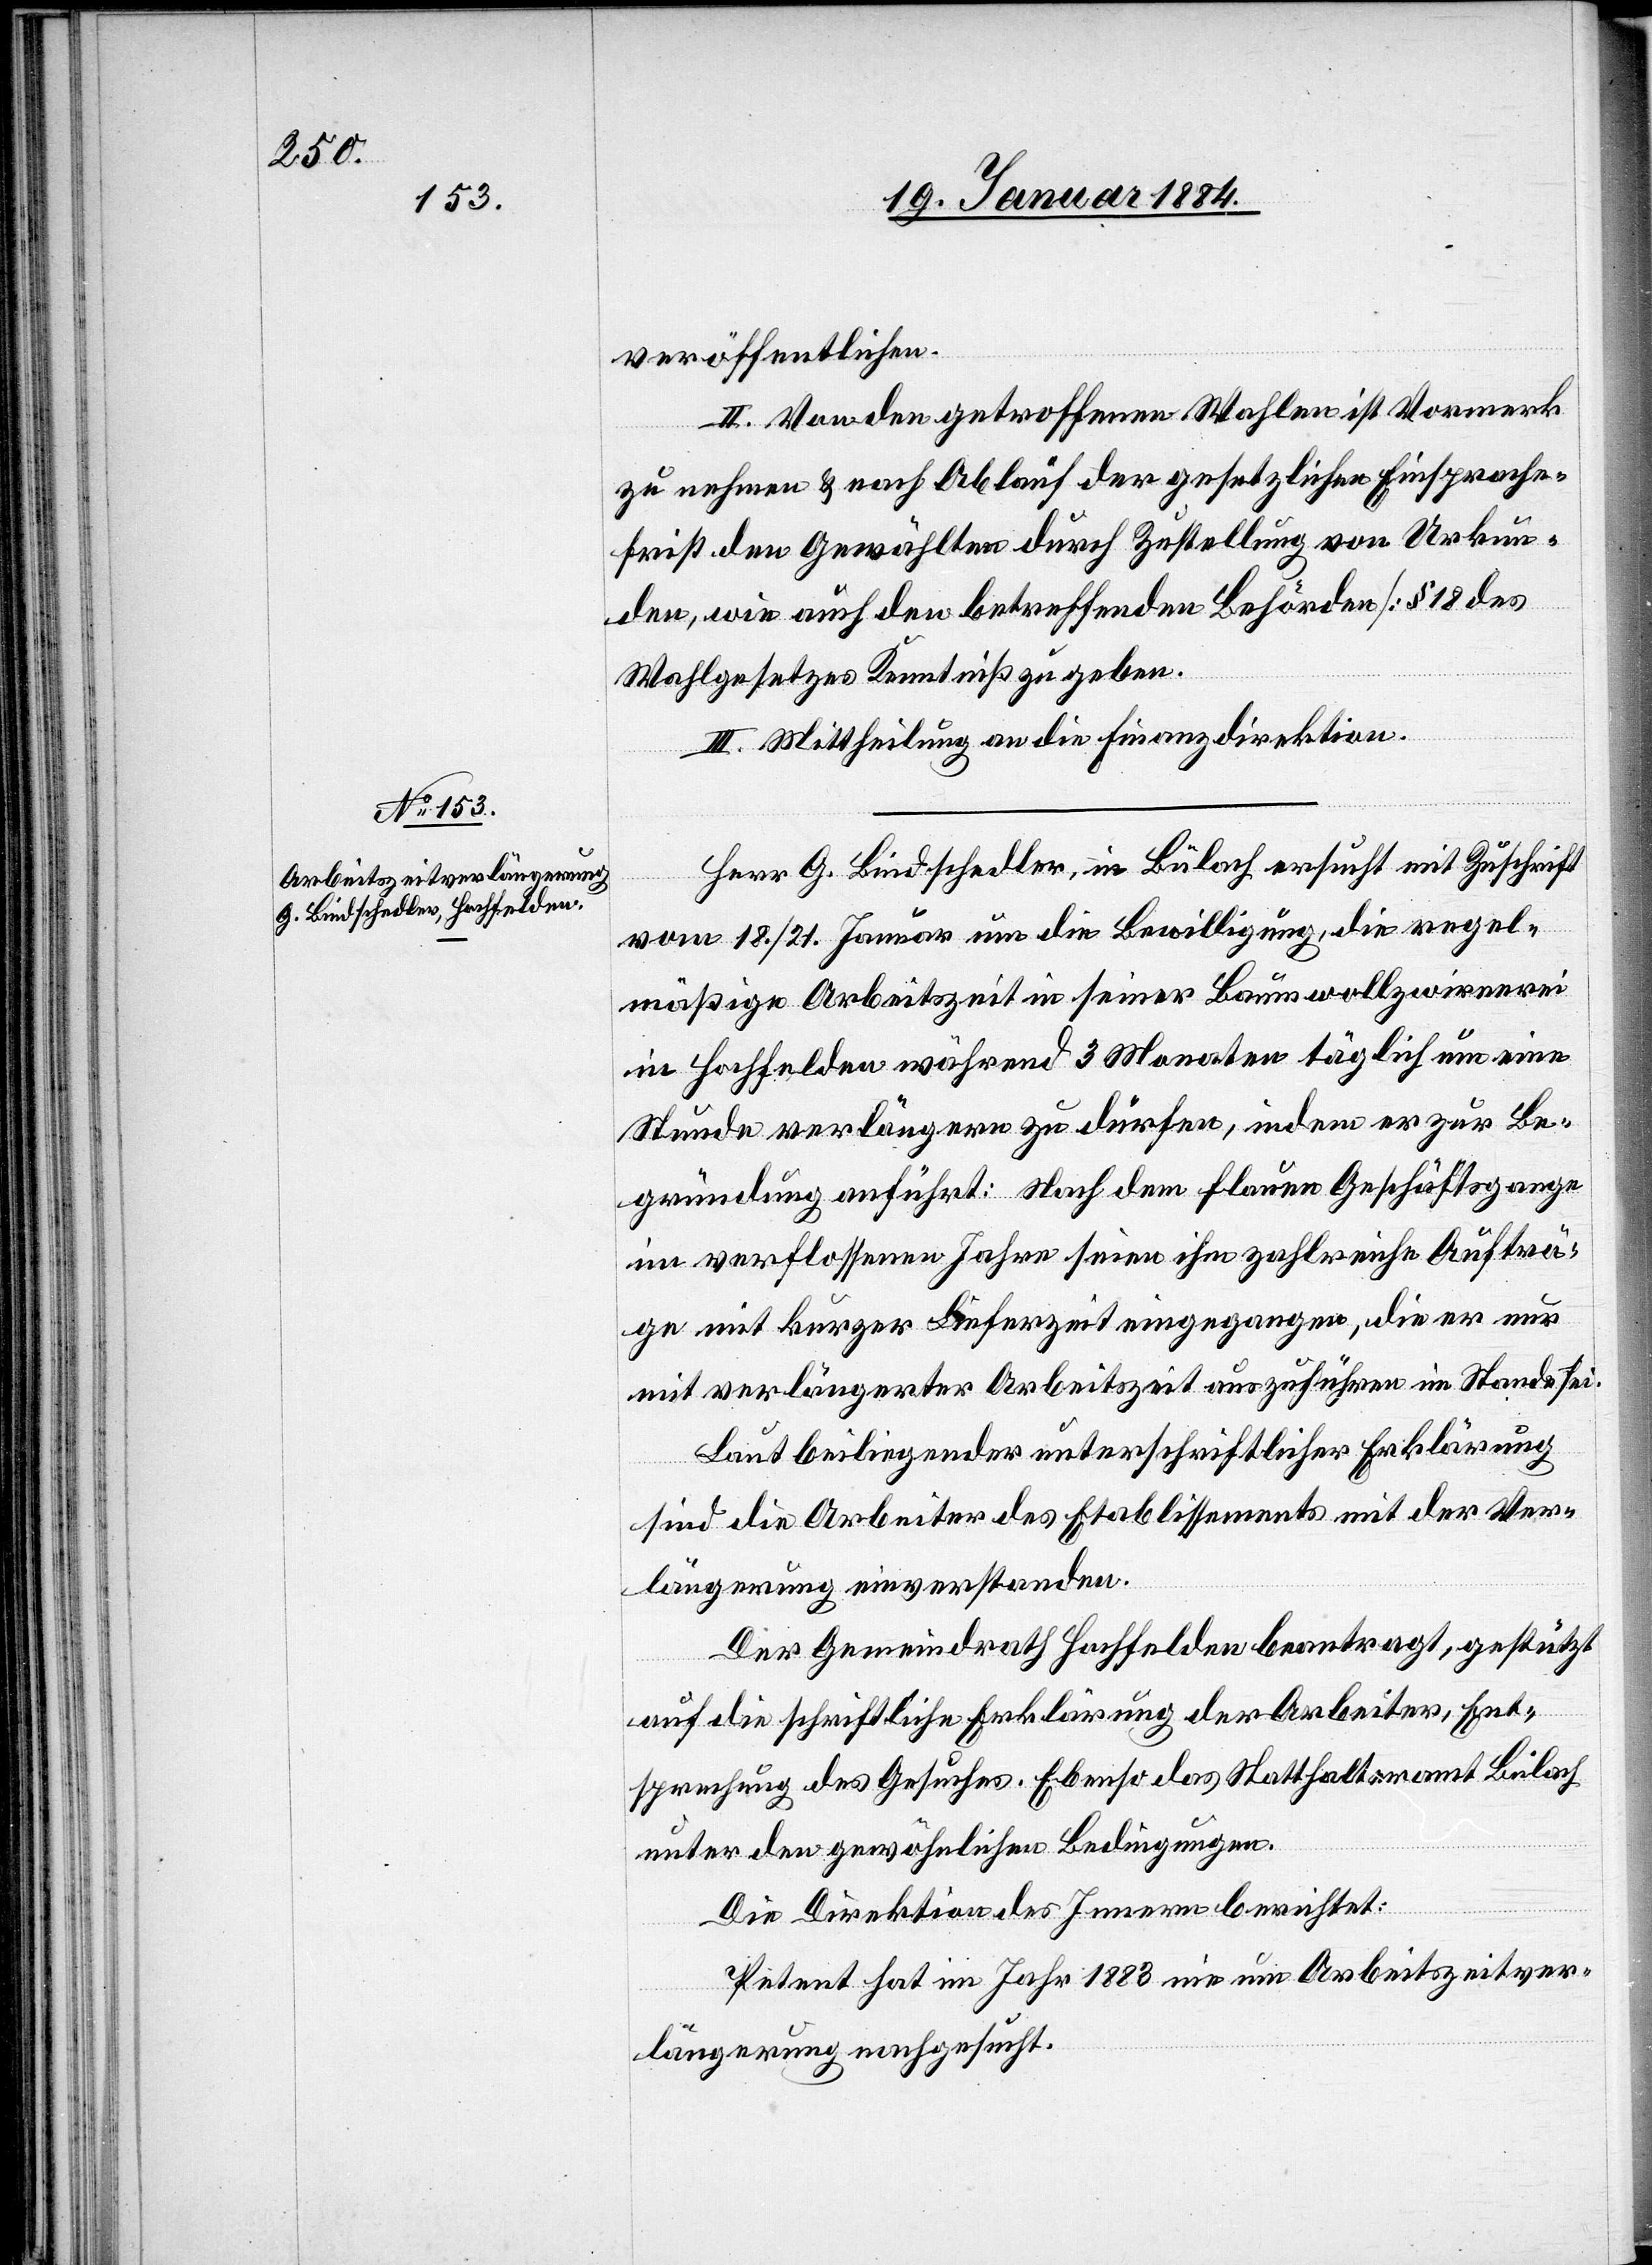
23. Januar 1884.]
veröffentlichen.
II. Von den getroffenen Wahlen ist Vormerk
zu nehmen & nach Ablauf der gesetzlichen Einsprache¬
frist den Gewählten durch Zustellung von Urkun¬
den, wie auch den betreffenden Behörden [§ 18 des
Wahlgesetztes] Kenntniß zu geben.
III. Mittheilung an die Finanzdirektion.
Herr G. Bindschedler, in Bülach, ersucht mit Zuschrift
vom 18./21. Januar um die Bewilligung, die regel¬
mäßige Arbeitszeit in seiner Baumwollspinnerei
in Hochfelden während 3 Monaten täglich um eine
Stunde verlängern zu dürfen, indem er zur Be¬
gründung anführt: Nach dem flauen Geschäftsgange
in verflossenen Jahren seien ihm zahlreiche Aufträ¬
ge mit kurzer Lieferzeit eingegangen, die er nur
mit verlängerter Arbeitszeit auszuführen im Stande sei.
Laut beiliegender unterschriftlicher Erklärung
sind die Arbeiter des Etablissements mit der Ver¬
längerung einverstanden.
Der Gemeindrath Hochfelden beantragt, gestützt
auf die schriftliche Erklärung der Arbeiter, Ent¬
sprechung des Gesuches. Ebenso das Statthalteramt Bülach
unter den gewöhnlichen Bedingungen.
Die Direktion des Innern berichtet:
Petent hat im Jahr 1883 nie um Arbeitszeitver¬
längerung nachgesucht.